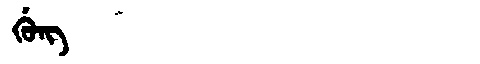
Manchu: ᡤᡠᠩ
Romanization: GUNG